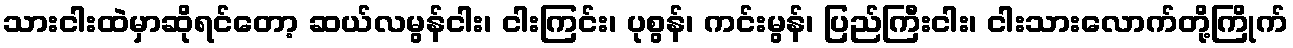
သားငါးထဲမှာဆိုရင်တော့ ဆယ်လမွန်ငါး၊ ငါးကြင်း၊ ပုစွန်၊ ကင်းမွန်၊ ပြည်ကြီးငါး၊ ငါးသားလောက်တို့ကြိုက်